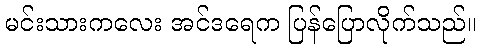
မင်းသားကလေး အင်ဒရေက ပြန်ပြောလိုက်သည်။